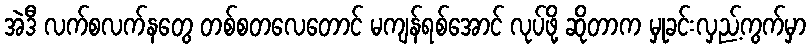
အဲဒီ လက်စလက်နတွေ တစ်စတလေတောင် မကျန်ရစ်အောင် လုပ်ဖို့ ဆိုတာက မှုခင်းလှည့်ကွက်မှာ